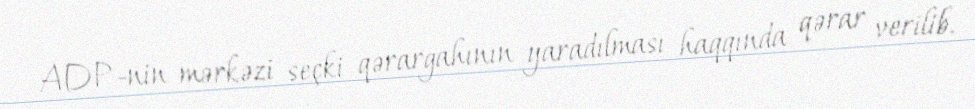
ADP-nin mərkəzi seçki qərargahının yaradılması haqqında qərar verilib.